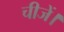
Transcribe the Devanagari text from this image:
चीजें।